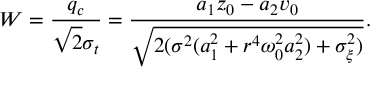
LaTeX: W = \frac { q _ { c } } { \sqrt { 2 } \sigma _ { t } } = \frac { a _ { 1 } z _ { 0 } - a _ { 2 } v _ { 0 } } { \sqrt { 2 ( \sigma ^ { 2 } ( a _ { 1 } ^ { 2 } + r ^ { 4 } { \omega _ { 0 } ^ { 2 } } a _ { 2 } ^ { 2 } ) + \sigma _ { \xi } ^ { 2 } ) } } .